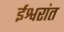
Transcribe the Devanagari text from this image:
ईश्वरांत